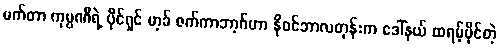
မက်တာ ကုမ္ပဏီရဲ့ ပိုင်ရှင် မာ့ခ် ဇက်ကာဘာ့ဂ်ဟာ နိုဝင်ဘာလတုန်းက ဒေါ်နယ် ထရမ့်ပိုင်တဲ့